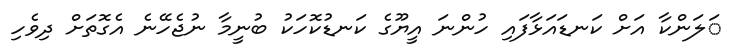
ަލަންކާ އަށް ކަނޑައަޅާފައި ހުންނަ އީޔޫގެ ކަނޑުކޮހަކު ބުނީމާ ނުޖެހޭނެ އެގޮތަށް ދިވެހި